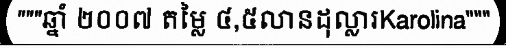
"""ឆ្នាំ ២០០៧ តម្លៃ ៤,៥លានដុល្លារKarolina"""